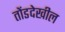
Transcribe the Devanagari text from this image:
तोंडदेखील